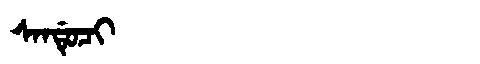
Manchu: ᠰᠠᠨᡩᡠᠴᡳ
Romanization: SANDUCI